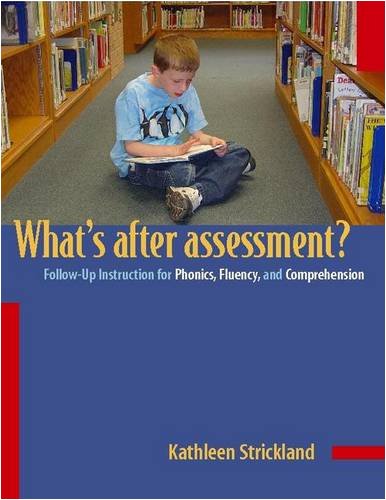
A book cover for Whats After Assessment?/Follow-up Instructions for Phonics, Fluency and Comprehension: Follow-Up Instruction for Phonics, Fluency, and Comprehension; Kathleen Strickland; Reference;